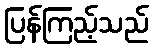
ပြန်ကြည့်သည်